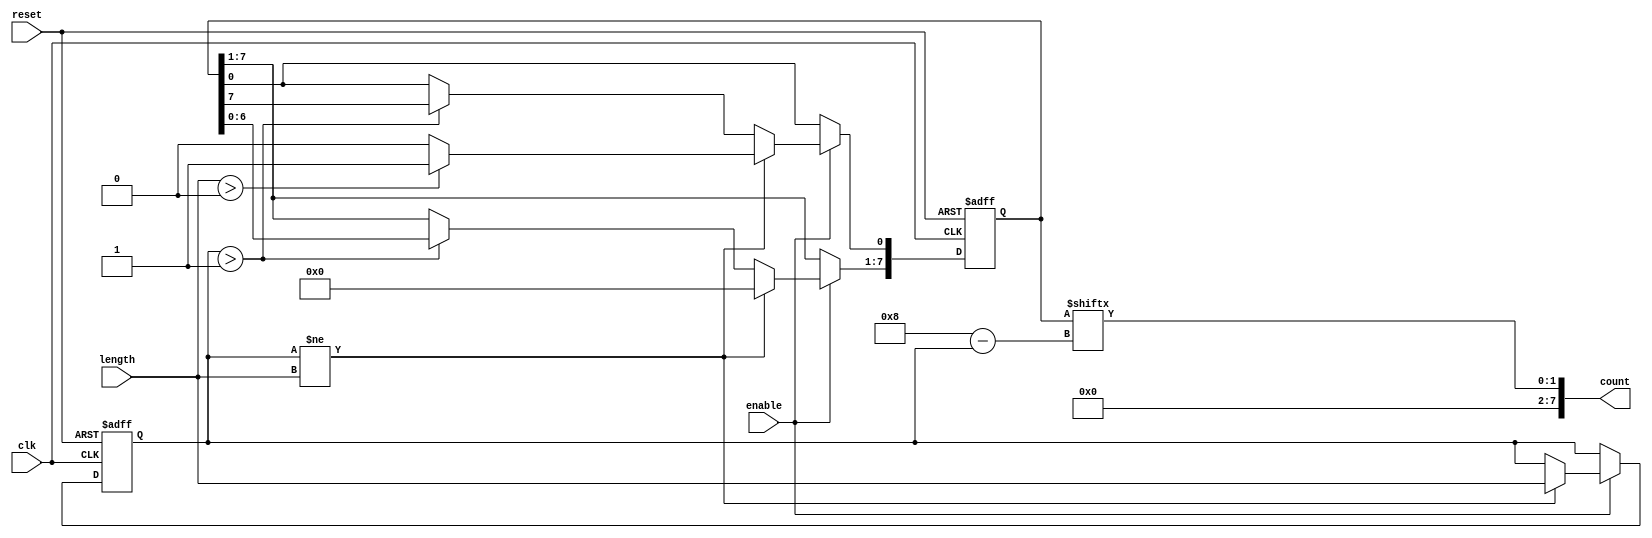
module variable_length_ring_counter #(
    parameter MAX_LENGTH = 8  // Define the maximum length of the counter
)(
    input wire clk,            // Clock signal
    input wire reset,          // Asynchronous reset signal
    input wire [3:0] length,   // Input to specify the number of bits in the ring counter
    input wire enable,         // Control signal to start/stop the counter
    output reg [MAX_LENGTH-1:0] count // Output representing the current state of the counter
);

    reg [MAX_LENGTH-1:0] state;        // Register to hold the current state
    reg [3:0] current_length;           // Register to hold the currently set length

    // Asynchronous reset and length management
    always @(posedge clk or posedge reset) begin
        if (reset) begin
            // Initialize state on reset
            state <= {MAX_LENGTH{1'b0}}; // Clear all bits
            state[0] <= 1'b1;             // Set LSB to '1'
            current_length <= 4'b0;       // Reset current length
        end else if (enable) begin
            // Update current length if it changes
            if (current_length != length) begin
                current_length <= length;
                // Reinitialize state based on new length
                state <= {MAX_LENGTH{1'b0}}; // Clear all bits
                if (length > 0) begin
                    state[0] <= 1'b1;         // Set LSB to '1'
                end
            end else if (current_length > 1) begin
                // Shift left and wrap around for lengths greater than 1
                state <= {state[MAX_LENGTH-2:0], state[MAX_LENGTH-1]};
            end
            // If current_length is 1, state remains unchanged
        end
    end

    // Output logic
    always @(*) begin
        // Limit the output count to the current length
        count = state[MAX_LENGTH-1:MAX_LENGTH-current_length];
    end

endmodule